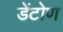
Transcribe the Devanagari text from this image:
डेंटोण